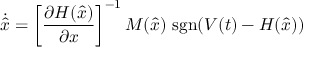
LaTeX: { \dot { \hat { x } } } = \left[ { \frac { \partial H ( { \hat { x } } ) } { \partial x } } \right] ^ { - 1 } M ( { \hat { x } } ) \, \operatorname { s g n } ( V ( t ) - H ( { \hat { x } } ) )